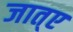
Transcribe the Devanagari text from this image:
जात्ए